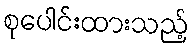
စုပေါင်းထားသည့်